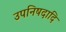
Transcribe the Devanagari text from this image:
उपनिषदादि